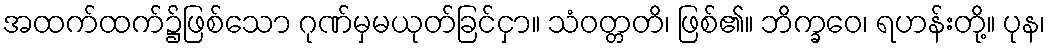
အထက်ထက်၌ဖြစ်သော ဂုဏ်မှမယုတ်ခြင်ငှာ။ သံဝတ္တတိ၊ ဖြစ်၏။ ဘိက္ခဝေ၊ ရဟန်းတို့။ ပုန၊